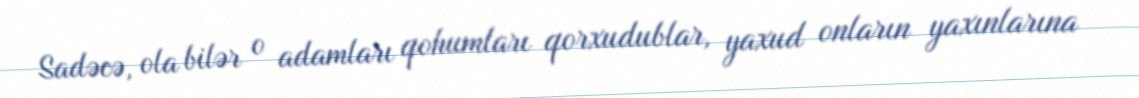
Sadəcə, ola bilər o adamları qohumları qorxudublar, yaxud onların yaxınlarına